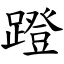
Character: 蹬